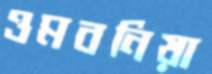
ওমবনিয়া